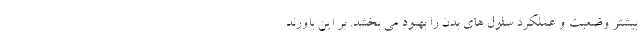
بیشتر وضعیت و عملکرد سلول های بدن را بهبود می بخشد. بر این باورند